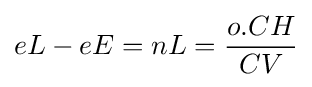
eL-eE=nL={\frac {o.CH}{CV}}